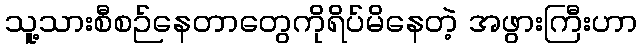
သူ့သားစီစဉ်နေတာတွေကိုရိပ်မိနေတဲ့ အဖွားကြီးဟာ